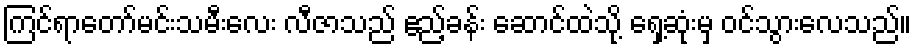
ကြင်ရာတော်မင်းသမီးလေး လီဇာသည် ဧည့်ခန်း ဆောင်ထဲသို့ ရှေ့ဆုံးမှ ဝင်သွားလေသည်။